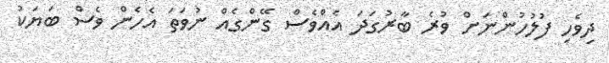
ދިވެހި ފުލުހުންނަށް ވުރެ ބާރުގަދަ އެއްވެސް ގޭންގެއް ނުވަތަ އެހެން ވެސް ބަޔަކު